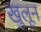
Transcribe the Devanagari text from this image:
खुलून